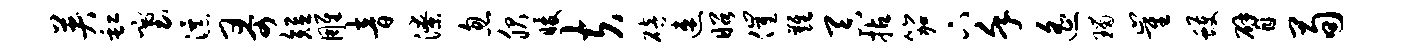
英缸塞瀑哥短雕音潦忽服暖夫碚速昭催难吞拈笳下堇遥瑙崔蠖臂荀